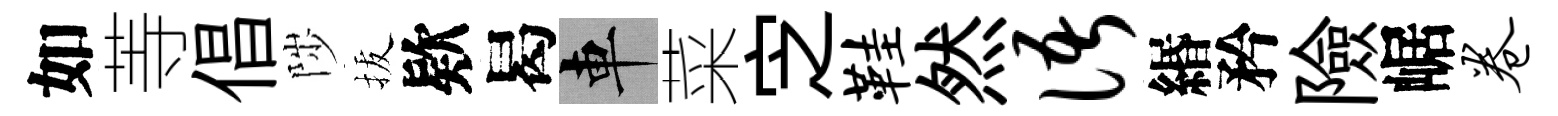
如䓁倡陟拔欵曷車菜㝎鞋然语緡矜險崌卷